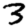
Digit: 3